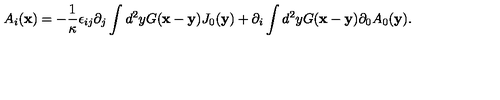
A _ { i } ( { \bf x } ) = - \frac { 1 } { \kappa } \epsilon _ { i j } \partial _ { j } \int d ^ { 2 } y G ( { \bf x } - { \bf y } ) J _ { 0 } ( { \bf y } ) + \partial _ { i } \int d ^ { 2 } y G ( { \bf x } - { \bf y } ) \partial _ { 0 } A _ { 0 } ( { \bf y } ) .